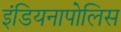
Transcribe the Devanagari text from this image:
इंडियनापोलिस